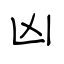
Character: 凶